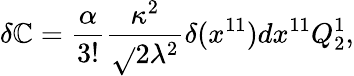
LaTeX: \delta\mathbb{C}={\frac{{\alpha}}{{3!}}}{\frac{{\kappa^{2}}}{{\sqrt{}{{2}}\lambda^{2}}}}\delta(x^{11})dx^{11}Q_{2}^{1},